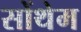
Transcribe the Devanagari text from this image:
सोंथेम